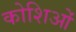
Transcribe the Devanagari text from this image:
कोशिओं